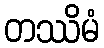
တဿိမံ